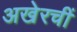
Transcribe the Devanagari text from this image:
अखेरचीं